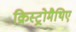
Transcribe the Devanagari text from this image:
क्रिस्ट्रोमैथिए